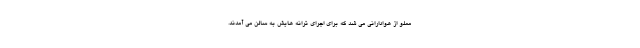
مملو از هوادارانی می شد که برای اجرای ترانه هایش به سالن می آمدند.